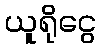
ယူရိုငွေ